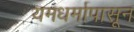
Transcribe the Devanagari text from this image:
यमधर्मापासून